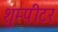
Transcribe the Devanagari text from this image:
शुम्पीटर